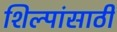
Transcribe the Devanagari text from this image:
शिल्पांसाठी